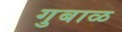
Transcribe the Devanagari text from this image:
गुबाळ